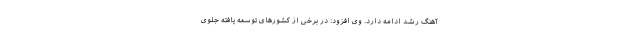
آهنگ رشد ادامه دارد. وی افزود: در برخی از کشورهای توسعه یافته جلوی